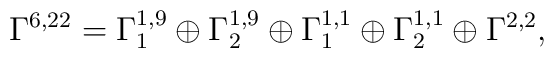
\Gamma^{6,22} = \Gamma_1^{1,9}\oplus \Gamma_2^{1,9}  \oplus \Gamma_1^{1,1}\oplus\Gamma_2^{1,1}\oplus\Gamma^{2,2},